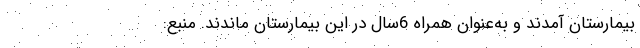
بیمارستان آمدند و به‌عنوان همراه 6سال در این بیمارستان ماندند. منبع: